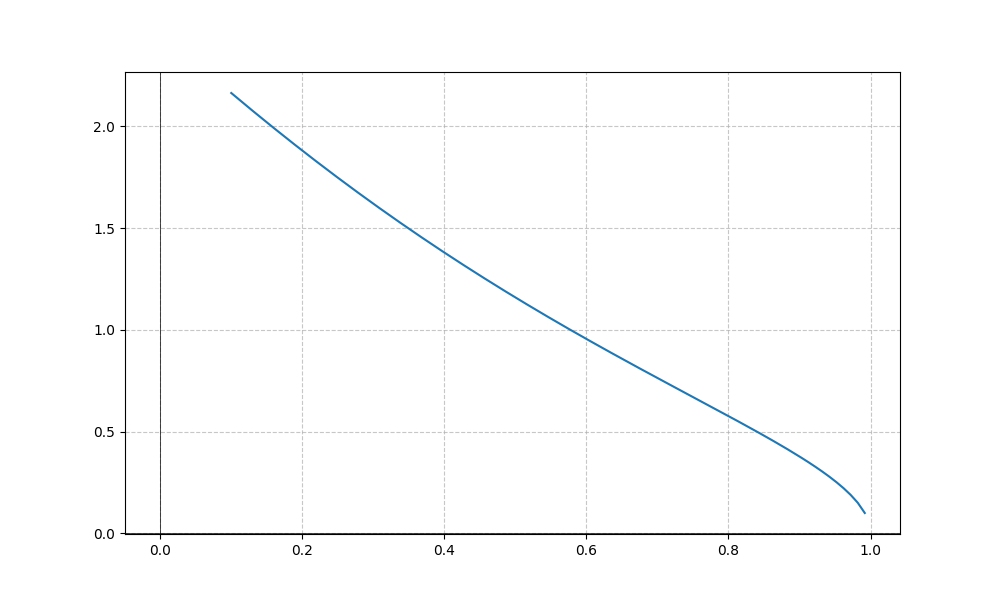
LaTeX formula: \operatorname{acos}{\left(x \right)} \operatorname{acot}{\left(x \right)}